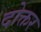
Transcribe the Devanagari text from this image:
दोक्तर